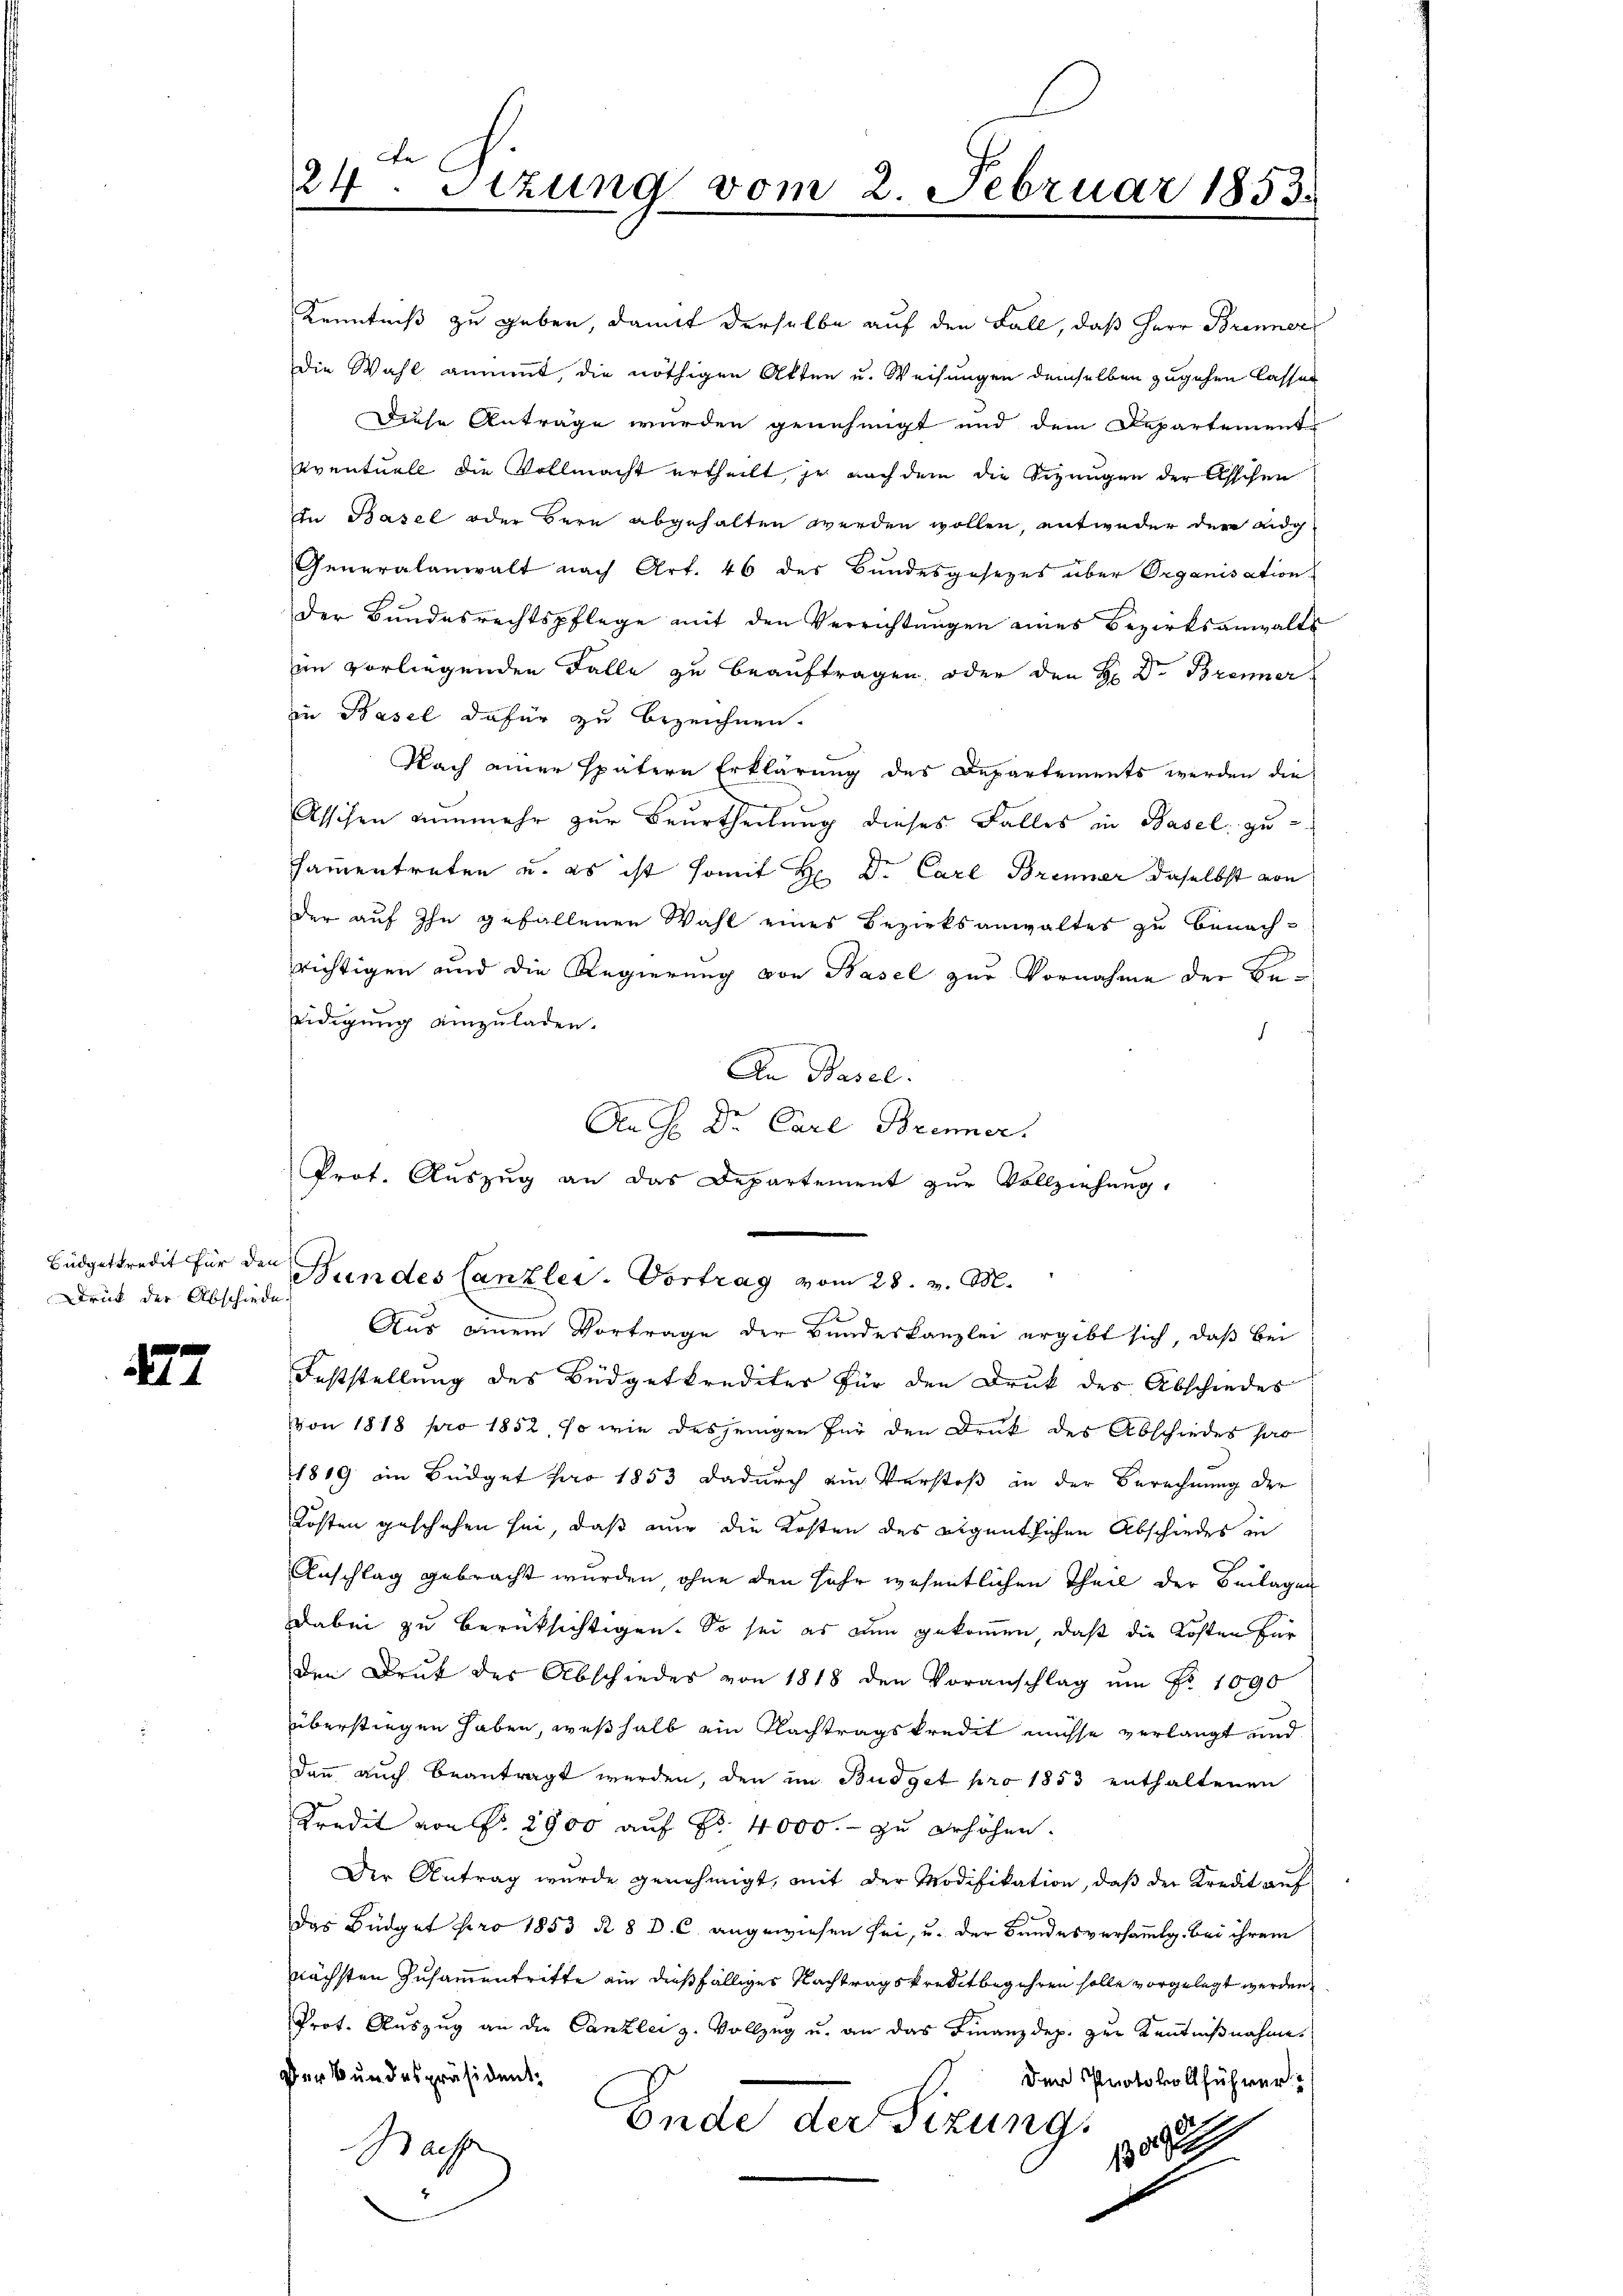
Büdgetkredit für den
Druck der Abschiede

177

e
24. Sitzung vom 2. Februar 1853.

Kenntniß zu geben, damit derselbe auf den Fall, daß Herr Brenner
Die Wahl annimmt, die nöthigen Akten u. Weisungen demselben zugehen lassen
Diese Antrage wurden genehmigt und dem Departements
eventuell die Vollmacht ertheilt, je nach dem die Sizungen der Asschen
In Basel oder Bern abgehalten werden wollen, entweder der Eidg
Generalanwalt nach Art. 46 der Bundesgesezes über Organisation
der Bŭndesrechtspflege mit den Verrichtŭngen eines Bezirksanwalts
im vorliegenden Falle zu beauftragen, oder den H: Dr. Brenner
in Basel dafür zu bezeichnen.
Nach einer spätern Erklärung des Departements werden die
Asschen nunmehr zur Beurtheilung dieses Falles in Basel zu
samentreten u. es ist somit H: Dr. Carl Brenner daselbst von
der auf Ihn gefallenen Wahl eines Bezirksanwaltes zu benach-
richtigen und die Regierung von Basel zur Vornahme der Be¬
Eidigung einzuladen.
d
An Basel.
An H. Dr. Carl Brenner.
Prot. Auszug an das Departement zur Vollziehung,

Feststellung des Büdgetkrediter für den Druk des Abschiedes
Von 1818 pro 1852, so wie dasjenigen für den Druk des Abschiedes pro
1819 im Büdget pro 1853 dadurch ein Verstoß in der Berechnung der
Kosten geschehen sei, daß nur die Kosten des eigentlichen Abschiedes in
Anschlag gebracht wurden ohne den sehr wesentlichen Theil der Beilagen
Dabei zu berüksichtigen. So sei es nun gekommen, daß die Kosten für
den Druk des Abschiedes von 1818 den Voranschlag ŭm Fr. 1090
überstiegen haben, weßhalb ein Nachtragskredit müsse verlangt und
Dann auch beantragt werden, den im Budget pro 1853 enthaltenen
Kredit von Nr. 2900 auf Fr. 4000.- zu erhöhen.
Der Antrag wurde genehmigt, mit der Modifikation, daß der Kredit auf
Das Büdget pro 1853 § 8 D. C. angewiesen sei, u. der Bundesversammlg. bei ihrem
nächsten Zusammentritte ein dießfälliges Nachtragskreditbegehren solle vorgelegt werden,
Prot. Auszug an die Canzlei z. Vollzug u. an das Finanzdep. zur Kenntnißnahme
Der Bundespräsident¬
Der Protokollführer
2
Nach Ende der Sizung.
130. J

Bundes Canzlei- Vortrag vom 28. v. M.
Aus einem Vortrage der Bundeskanzlei ergibt sich, daß bei